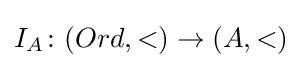
I_{A}\colon (Ord,<)\rightarrow (A,<)